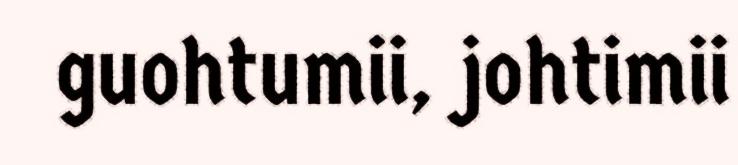
guohtumii, johtimii